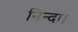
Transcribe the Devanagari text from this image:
निन्दा।